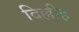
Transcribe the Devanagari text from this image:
दिल्लीह